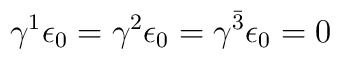
\gamma^1 \epsilon_0 = \gamma^2 \epsilon_0 = \gamma^{\bar{3}} \epsilon_0 = 0